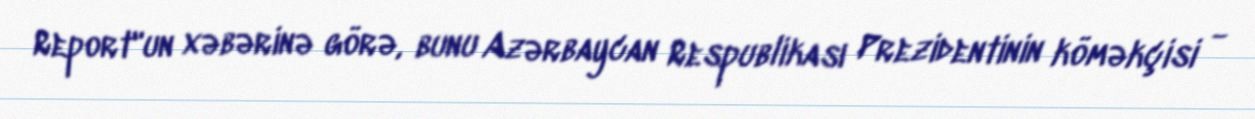
Report"un xəbərinə görə, bunu Azərbaycan Respublikası Prezidentinin köməkçisi -